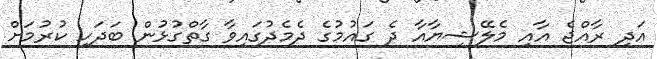
އަދި ރާއްޖެ އާއި މެލޭޝިޔާއާ ދެ ގައުމުގެ ދެމެދުގައިވާ ގާތްގުޅުން ބަދަހި ކުރުމަށް